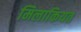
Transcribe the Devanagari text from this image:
मिलाकियत